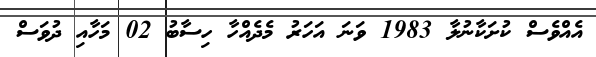
އެއްވެސް ކުށަކާނުލާ 1983 ވަނަ އަހަރު މެދެއްހާ ހިސާބު 02 މަހާއި ދުވަސް